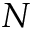
N